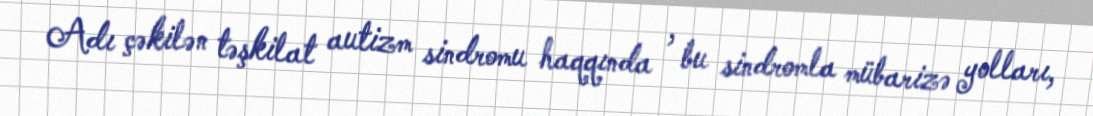
Adı çəkilən təşkilat autizm sindromu haqqında , bu sindromla mübarizə yolları,